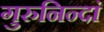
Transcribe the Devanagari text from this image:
गुरुनिन्दां